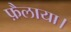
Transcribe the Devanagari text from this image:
फ़ैलाया।